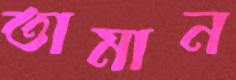
তামান